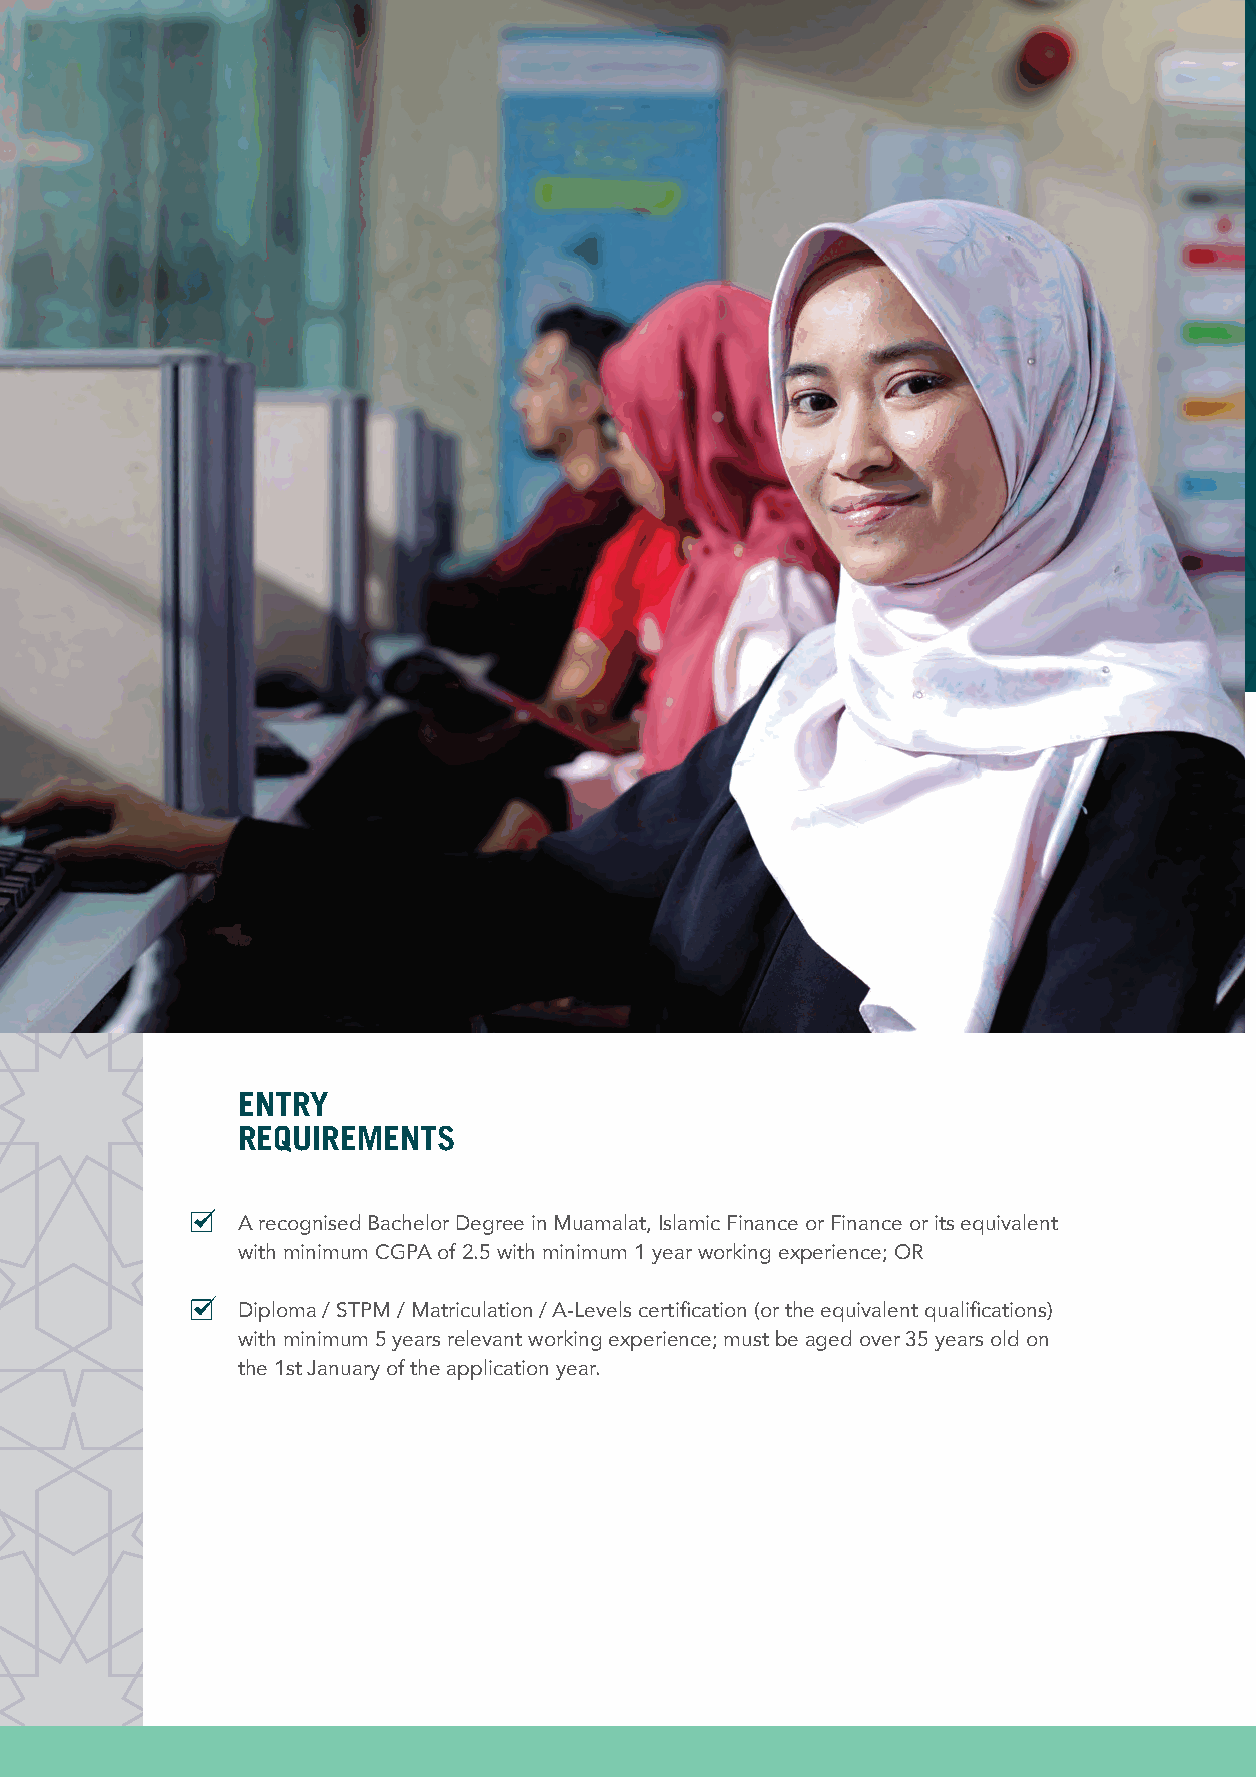
ENTRY
 REQUIREMENTS
 A recognised Bachelor Degree in Muamalat, Islamic Finance or Finance or its equivalent
 with minimum CGPA of 2.5 with minimum 1 year working experience; OR
 Diploma / STPM / Matriculation / A-Levels certification (or the equivalent qualifications)
 with minimum 5 years relevant working experience; must be aged over 35 years old on
 the 1st January of the application year.